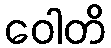
ဝေါတိ